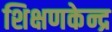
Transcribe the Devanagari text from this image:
शिक्षणकेन्द्र